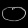
Digit: ၀